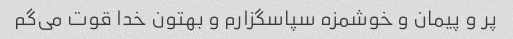
پر و پیمان و خوشمزه سپاسگزارم و بهتون خدا قوت می‌گم